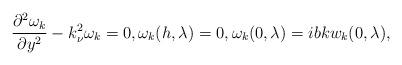
LaTeX: \begin{align*} \frac{\partial^2 \omega_{k}}{\partial y^2} - k_{\nu}^2 \omega_k=0, \omega_k(h,\lambda)=0, \omega_k(0, \lambda)= i b k w_k(0, \lambda),\end{align*}